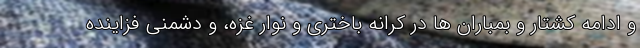
و ادامه کشتار و بمباران ها در کرانه باختری و نوار غزه، و دشمنی فزاینده